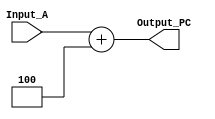
`timescale 1 ns / 1 ps
module Adder_PC (Input_A, Output_PC); 
 
input [31:0] Input_A; 
 
output [31:0] Output_PC; 
 
assign Output_PC=Input_A+4; 
 
 
 
endmodule